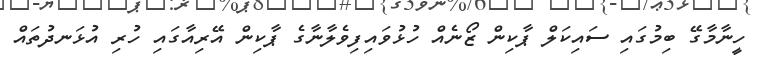
ހީނާމާގޭ ބިމުގައި ސައިކަލް ޕާކިން ޒޯނެއް ހުޅުވައިިފިވެލާނާގެ ޕާކިން އޭރިއާގައި ހުރި އުޅަނދުތައް